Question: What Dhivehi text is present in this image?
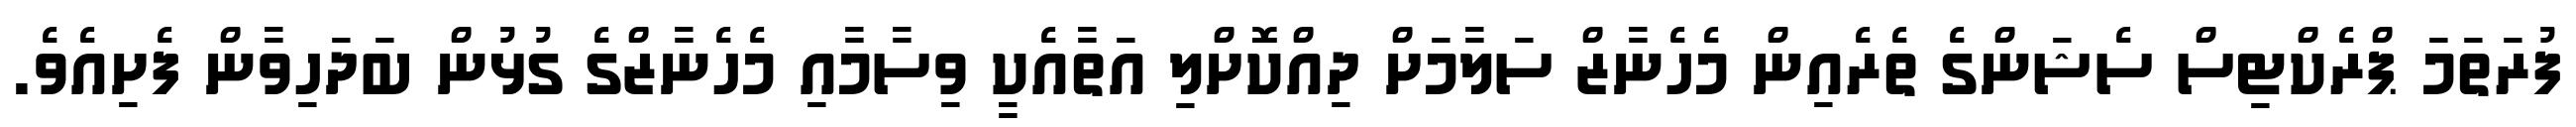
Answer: ފުރަތަމަ ޕްރެކްޓިސް ސެޝަންގެ ތެރެއިން މެހެނާޒް ސަލާމަށް ދިއްކޮށްލި އަތާއެކީ ވިސާމާއި މެހެނާޒްގެ ގުޅުން ބަދަހިވާން ފެށިއެވެ.